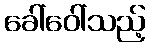
ခေါ်ဝေါ်သည့်